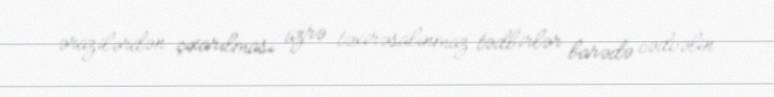
ərazilərdən çıxarılması üzrə təxirəsalınmaz tədbirlər barədə cədvəlin